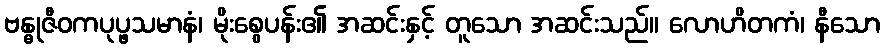
ဗန္ဓုဇီဝကပုပ္ဖသမာနံ၊ မိုးစွေပန်း၏ အဆင်းနှင့် တူသော အဆင်းသည်။ လောဟိတကံ၊ နီသော